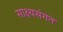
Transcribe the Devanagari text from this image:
साक्ष्यसंगत